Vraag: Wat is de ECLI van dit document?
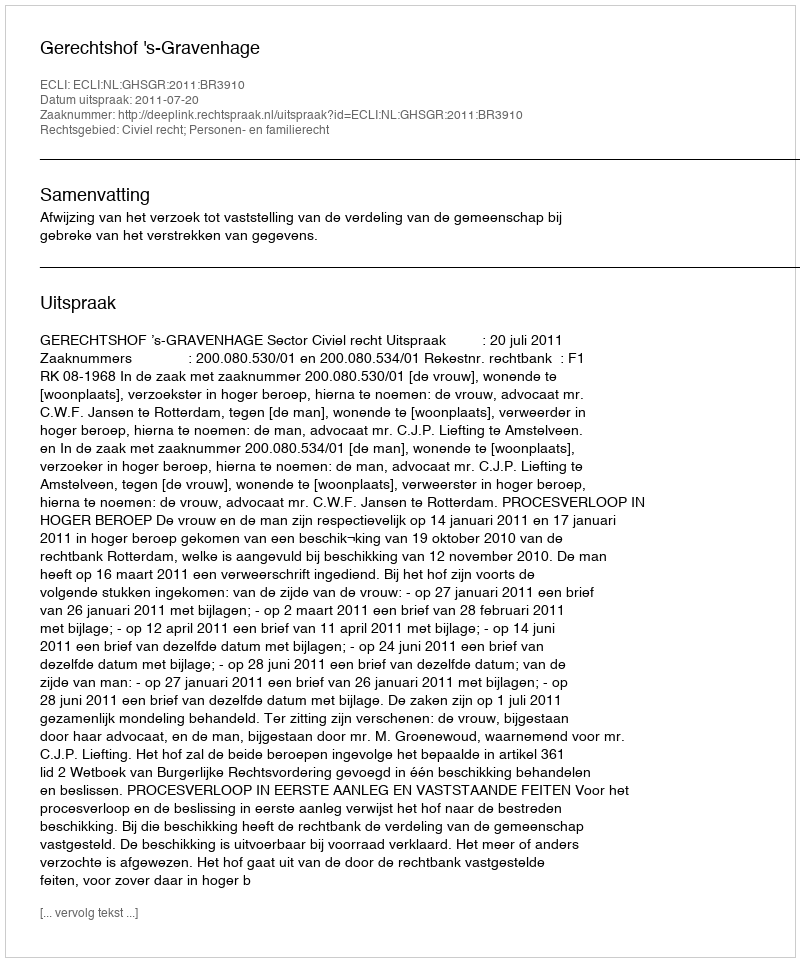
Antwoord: ECLI:NL:GHSGR:2011:BR3910